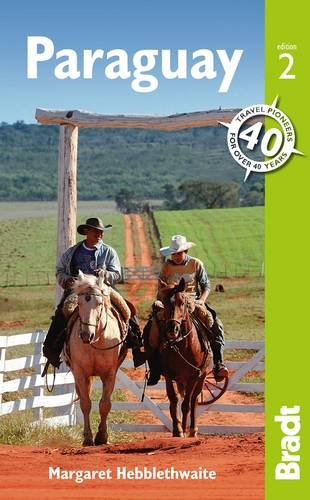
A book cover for Paraguay (Bradt Travel Guide); Margaret Hebblethwaite; Travel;